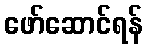
ဖော်ဆောင်ရန်